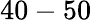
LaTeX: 40-50\